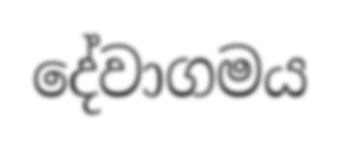
දේවාගමය